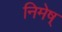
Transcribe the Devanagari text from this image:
निमेष्